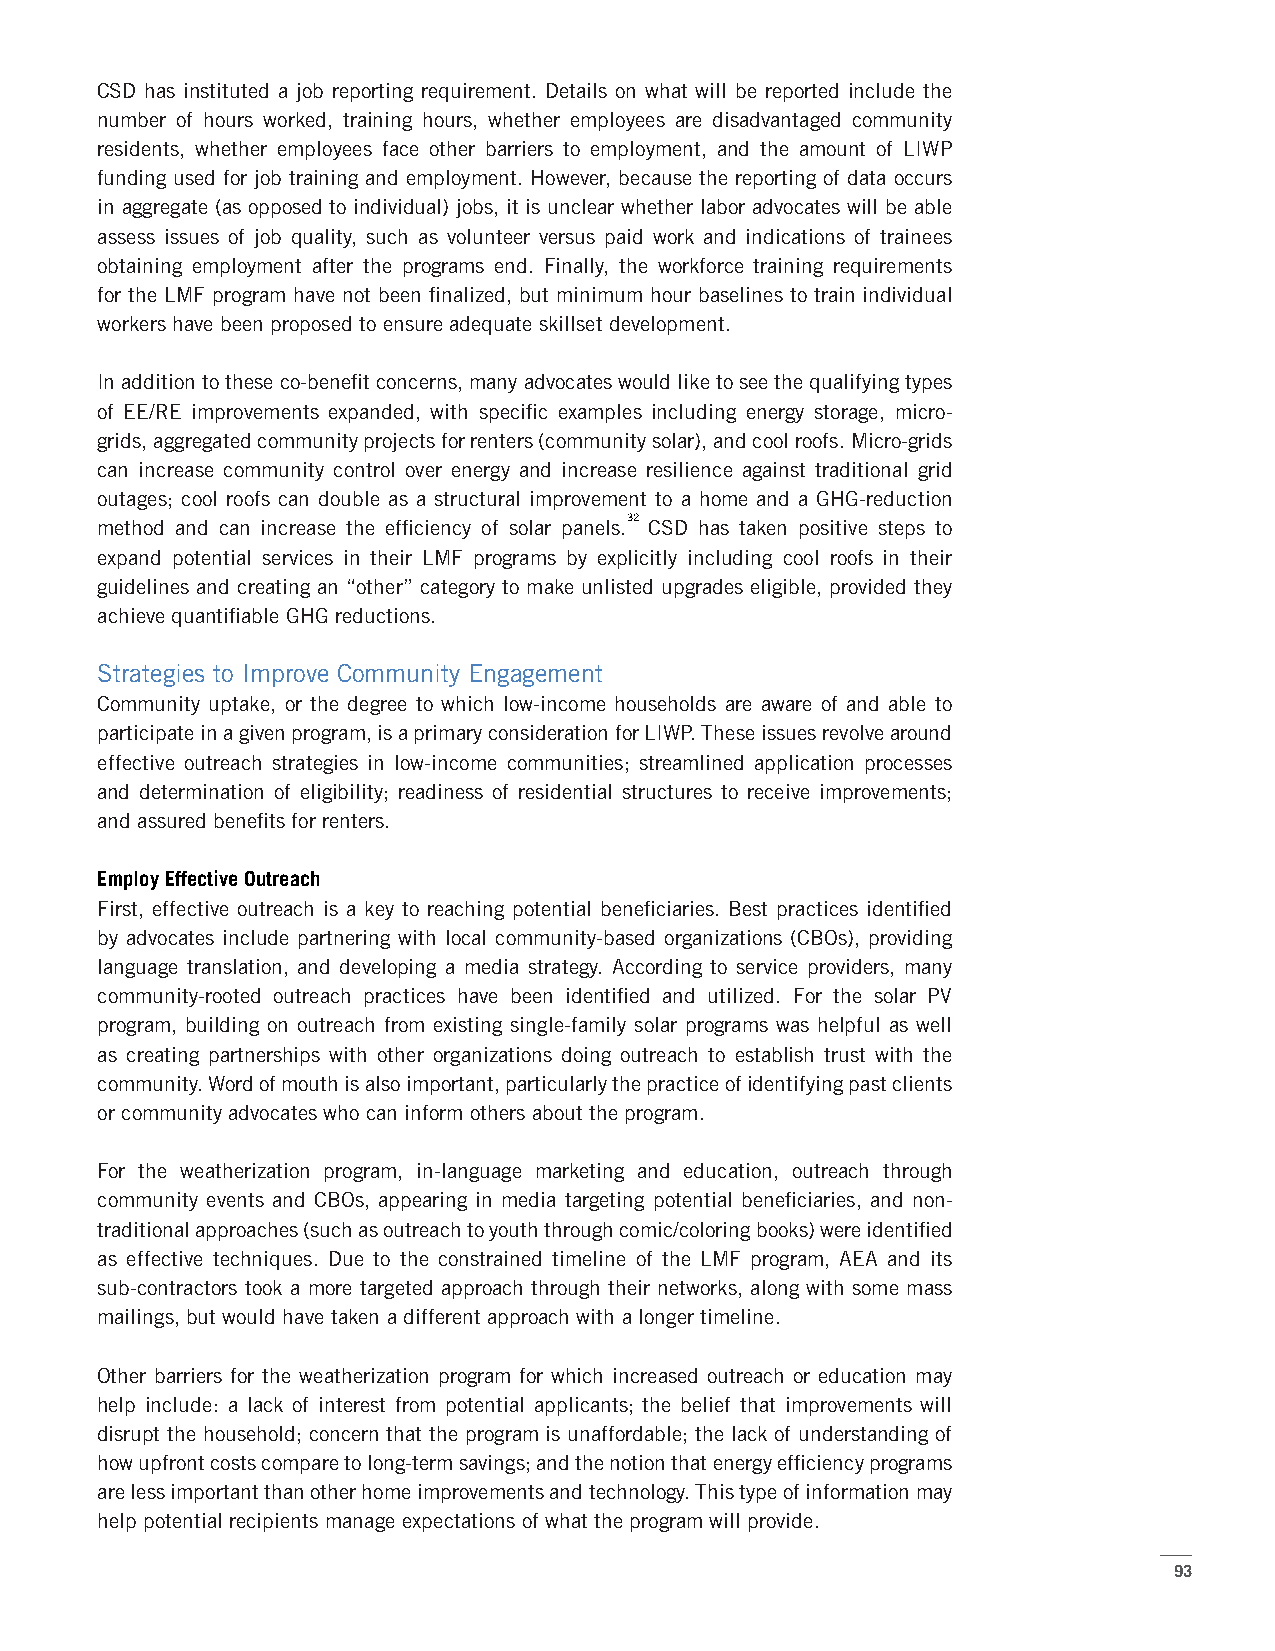
CSD has instituted a job reporting requirement. Details on what will be reported include the
 number of hours worked, training hours, whether employees are disadvantaged community
 residents, whether employees face other barriers to employment, and the amount of LIWP
 funding used for job training and employment. However, because the reporting of data occurs
 in aggregate (as opposed to individual) jobs, it is unclear whether labor advocates will be able
 assess issues of job quality, such as volunteer versus paid work and indications of trainees
 obtaining employment after the programs end. Finally, the workforce training requirements
 for the LMF program have not been finalized, but minimum hour baselines to train individual
 workers have been proposed to ensure adequate skillset development.
 In addition to these co-benefit concerns, many advocates would like to see the qualifying types
 of EE/RE improvements expanded, with specific examples including energy storage, micro-
 grids, aggregated community projects for renters (community solar), and cool roofs. Micro-grids
 can increase community control over energy and increase resilience against traditional grid
 outages; cool roofs can double as a structural improvement to a home and a GHG-reduction
 32
 method and can increase the efficiency of solar panels. CSD has taken positive steps to
 expand potential services in their LMF programs by explicitly including cool roofs in their
 guidelines and creating an “other” category to make unlisted upgrades eligible, provided they
 achieve quantifiable GHG reductions.
 Strategies to Improve Community Engagement
 Community uptake, or the degree to which low-income households are aware of and able to
 participate in a given program, is a primary consideration for LIWP. These issues revolve around
 effective outreach strategies in low-income communities; streamlined application processes
 and determination of eligibility; readiness of residential structures to receive improvements;
 and assured benefits for renters.
 Employ Effective Outreach
 First, effective outreach is a key to reaching potential beneficiaries. Best practices identified
 by advocates include partnering with local community-based organizations (CBOs), providing
 language translation, and developing a media strategy. According to service providers, many
 community-rooted outreach practices have been identified and utilized. For the solar PV
 program, building on outreach from existing single-family solar programs was helpful as well
 as creating partnerships with other organizations doing outreach to establish trust with the
 community. Word of mouth is also important, particularly the practice of identifying past clients
 or community advocates who can inform others about the program.
 For the weatherization program, in-language marketing and education, outreach through
 community events and CBOs, appearing in media targeting potential beneficiaries, and non-
 traditional approaches (such as outreach to youth through comic/coloring books) were identified
 as effective techniques. Due to the constrained timeline of the LMF program, AEA and its
 sub-contractors took a more targeted approach through their networks, along with some mass
 mailings, but would have taken a different approach with a longer timeline.
 Other barriers for the weatherization program for which increased outreach or education may
 help include: a lack of interest from potential applicants; the belief that improvements will
 disrupt the household; concern that the program is unaffordable; the lack of understanding of
 how upfront costs compare to long-term savings; and the notion that energy efficiency programs
 are less important than other home improvements and technology. This type of information may
 help potential recipients manage expectations of what the program will provide.
 93